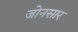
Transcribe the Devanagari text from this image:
जोनसार